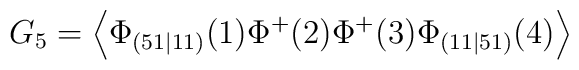
G_{5}=\left\langle \Phi _{(51\mid 11)}(1)\Phi ^{+}(2)\Phi ^{+}(3)\Phi_{(11\mid 51)}(4)\right\rangle